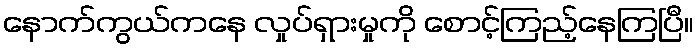
နောက်ကွယ်ကနေ လှုပ်ရှားမှုကို စောင့်ကြည့်နေကြပြီ။